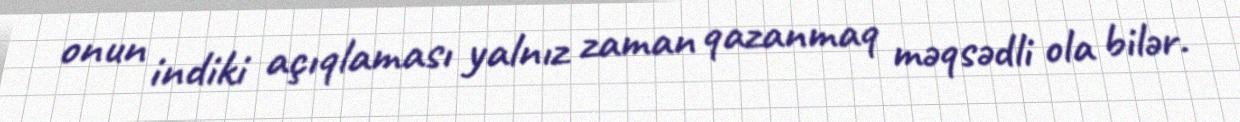
onun indiki açıqlaması yalnız zaman qazanmaq məqsədli ola bilər.